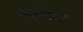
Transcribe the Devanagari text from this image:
सर्वादये